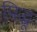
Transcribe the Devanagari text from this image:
पिद्धू